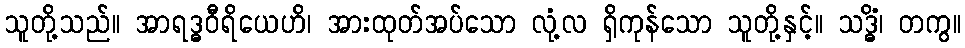
သူတို့သည်။ အာရဒ္ဓဝီရိယေဟိ၊ အားထုတ်အပ်သော လုံ့လ ရှိကုန်သော သူတို့နှင့်။ သဒ္ဓိံ၊ တကွ။